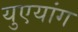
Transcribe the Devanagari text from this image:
युएयांग